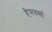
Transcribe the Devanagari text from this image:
हेमवर्णा